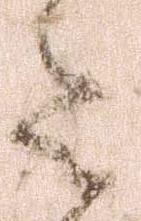
令